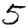
Digit: 5